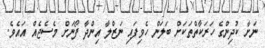
ނަށާ ކުދިންގެ ހަރަކާތްތަކަށް ބަލަން ހެވިފައި ނަޒްލާ އިންދާ ފޯނަށް މެސެޖެއް އައެވެ.